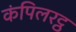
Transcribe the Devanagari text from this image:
कंपिलरट्ठ